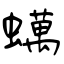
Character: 蠇